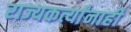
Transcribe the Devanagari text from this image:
राज्यकर्त्यांनाही